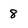
Character: 8